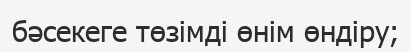
бәсекеге төзімді өнім өндіру;